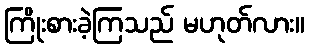
ကြိုးစားခဲ့ကြသည် မဟုတ်လား။